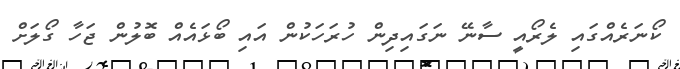
ކޯނަރެއްގައި ލެރޯއީ ސާނޭ ނަގައިދިން ހުރަހަކުން އައި ބޯޅައެއް ބޮލުން ޖަހާ ގޯލަށް